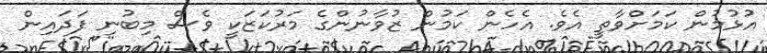
އުޅުމުން ކަމަށްވާތީ އެވެ. އެހެން ކަމުން ޒުވާނުންގެ މަރުކަޒަކީ ވެސް މިބުނި ފަދައިން